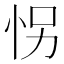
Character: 𰑍